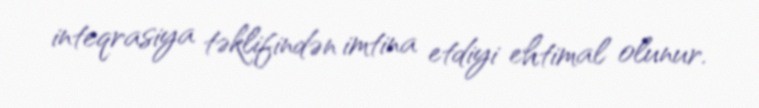
inteqrasiya təklifindən imtina etdiyi ehtimal olunur.